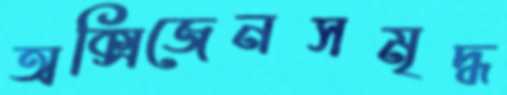
অক্সিজেনসমৃদ্ধ